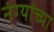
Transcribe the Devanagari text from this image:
नंग्यांच्या